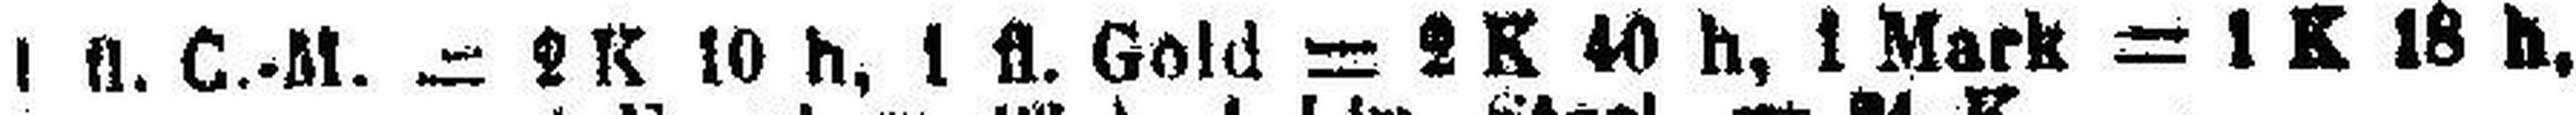
1 fl. C.-M. = 2 K 10h, 1 fl. Gold = 2 K 40 h, 1 Mark = 1 K 18h,